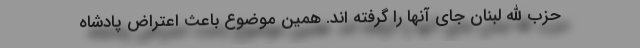
حزب الله لبنان جای آنها را گرفته اند. همین موضوع باعث اعتراض پادشاه